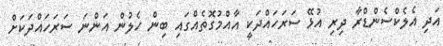
އަދި އެލެކްސެންޑްރާ ދިރި އުޅޭ ސަރަހައްދަކީ އާއްމުގޮތެއްގައި ބިން ހެލުން އަންނަ ސަރަހައްދަކަށް